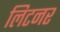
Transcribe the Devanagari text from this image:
लिटनर